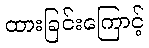
ထားခြင်းကြောင့်